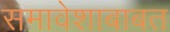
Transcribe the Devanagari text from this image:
समावेशाबाबत